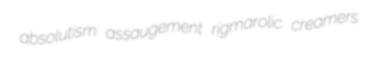
absolutism assaugement rigmarolic creamers